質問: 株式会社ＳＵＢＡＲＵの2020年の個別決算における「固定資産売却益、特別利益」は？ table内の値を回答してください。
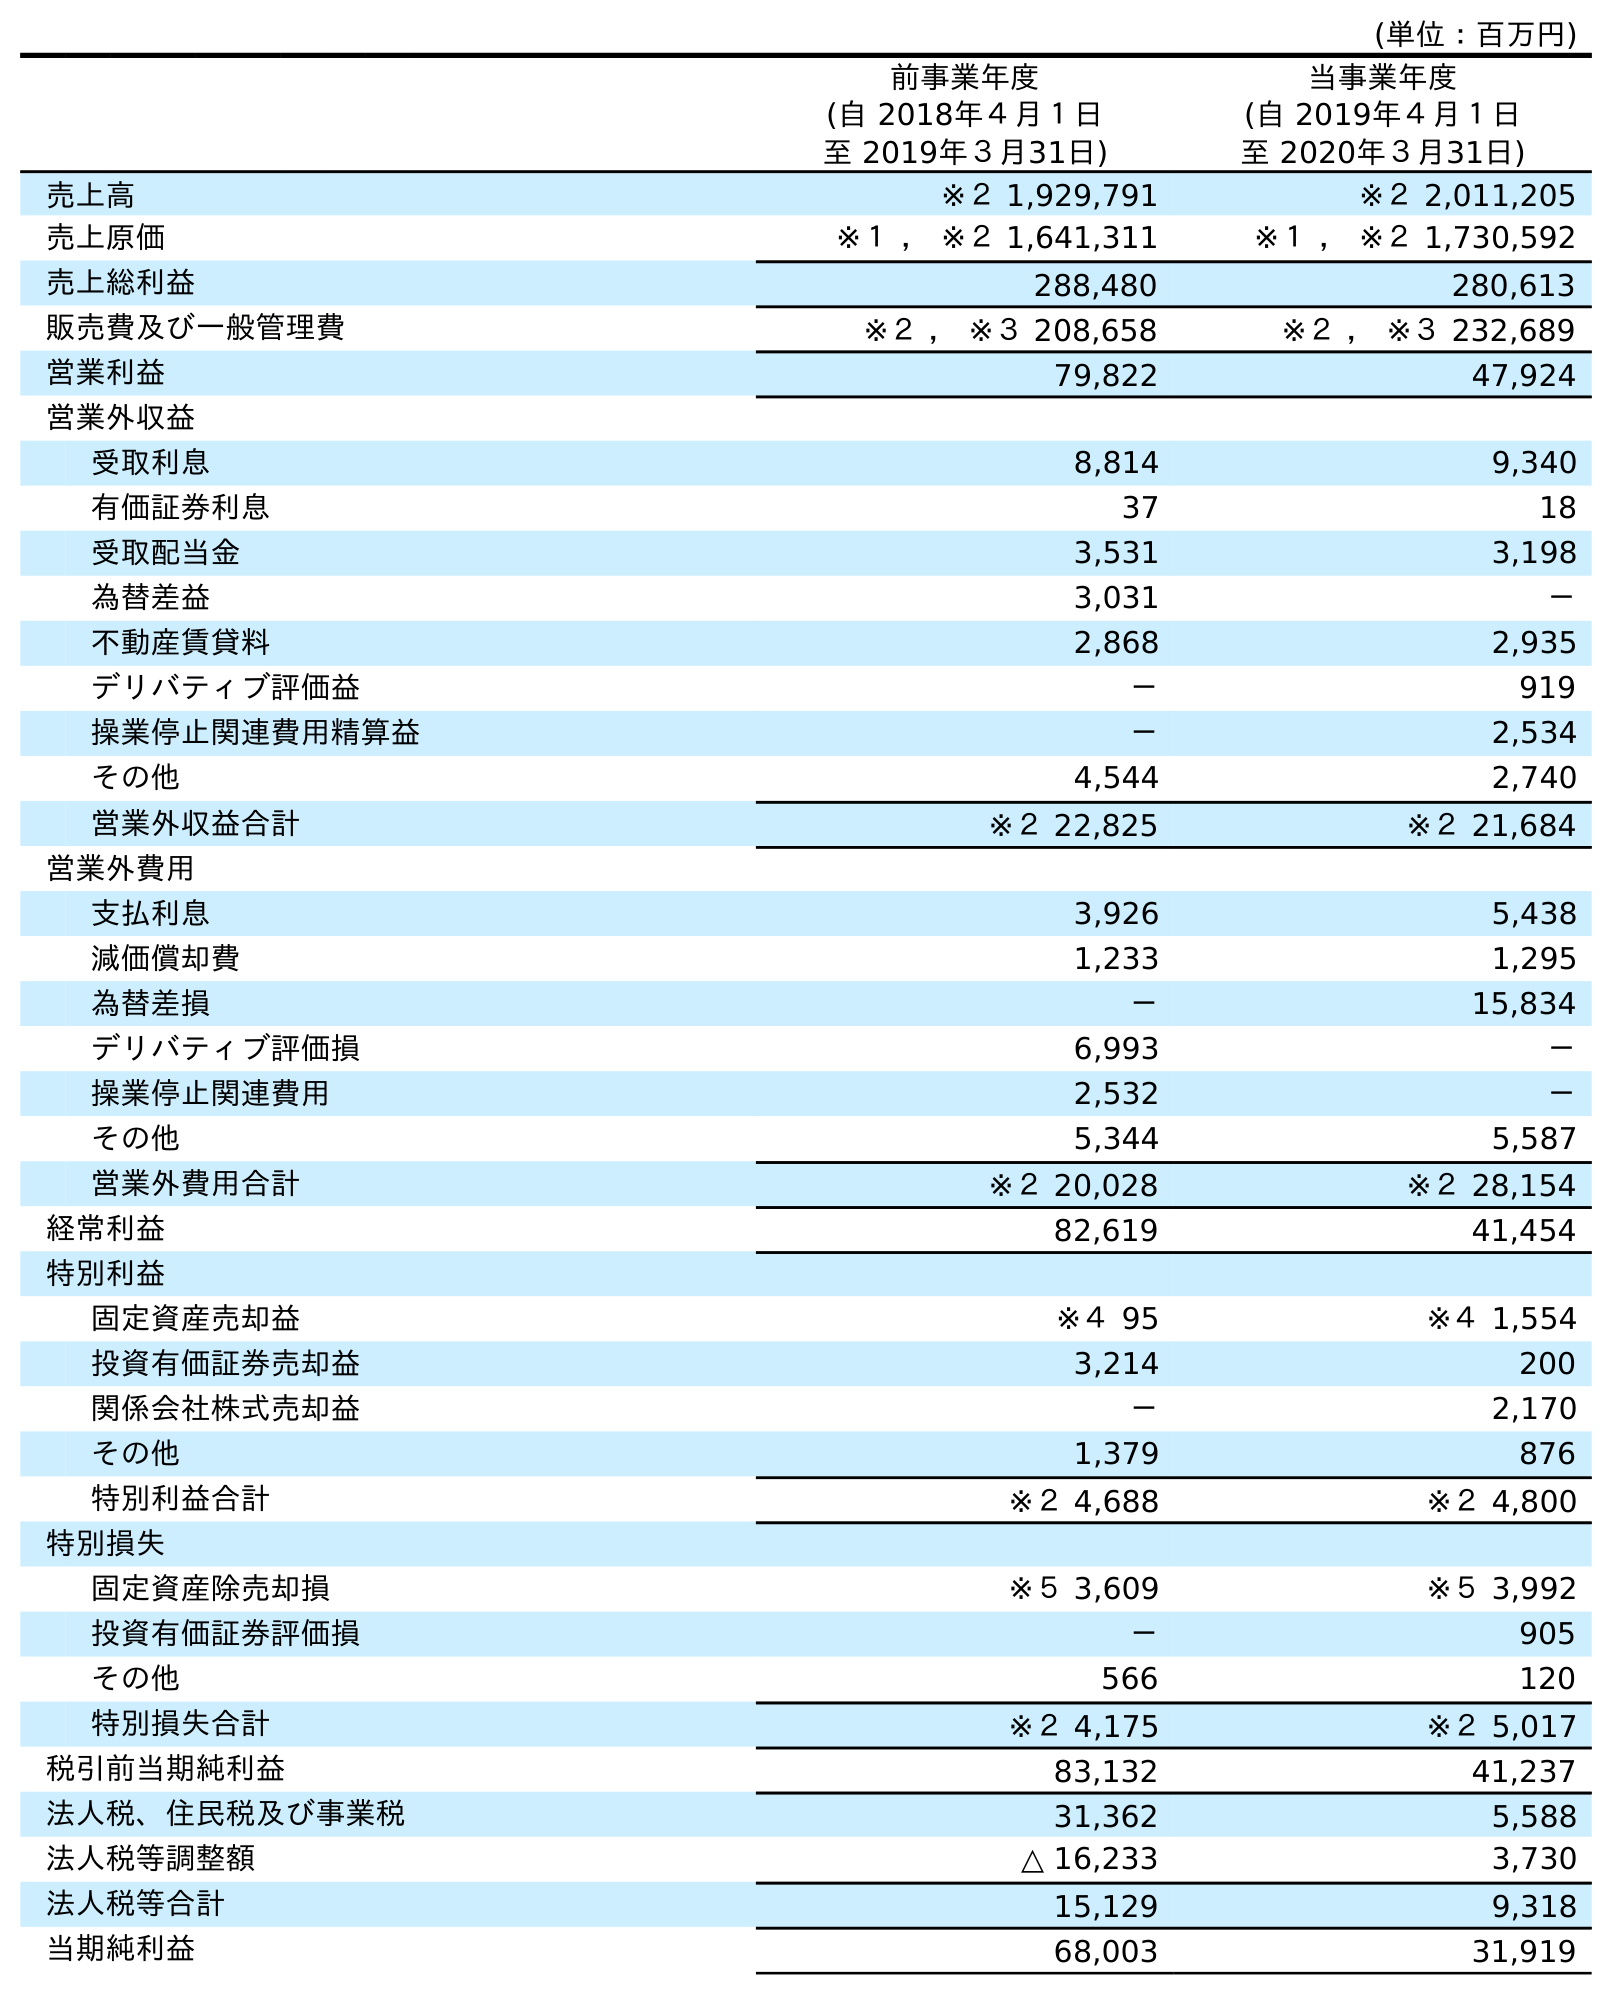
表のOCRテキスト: (単位：百万円) 前事業年度 (自 2018年４月１日 至 2019年３月31日) 当事業年度 (自 2019年４月１日 至 2020年３月31日) 売上高 ※２ 1,929,791 ※２ 2,011,205 売上原価 ※１ ， ※２ 1,641,311 ※１ ， ※２ 1,730,592 売上総利益 288,480 280,613 販売費及び一般管理費 ※２ ， ※３ 208,658 ※２ ， ※３ 232,689 営業利益 79,822 47,924 営業外収益 受取利息 8,814 9,340 有価証券利息 37 18 受取配当金 3,531 3,198 為替差益 3,031 － 不動産賃貸料 2,868 2,935 デリバティブ評価益 － 919 操業停止関連費用精算益 － 2,534 その他 4,544 2,740 営業外収益合計 ※２ 22,825 ※２ 21,684 営業外費用 支払利息 3,926 5,438 減価償却費 1,233 1,295 為替差損 － 15,834 デリバティブ評価損 6,993 － 操業停止関連費用 2,532 － その他 5,344 5,587 営業外費用合計 ※２ 20,028 ※２ 28,154 経常利益 82,619 41,454 特別利益 固定資産売却益 ※４ 95 ※４ 1,554 投資有価証券売却益 3,214 200 関係会社株式売却益 － 2,170 その他 1,379 876 特別利益合計 ※２ 4,688 ※２ 4,800 特別損失 固定資産除売却損 ※５ 3,609 ※５ 3,992 投資有価証券評価損 － 905 その他 566 120 特別損失合計 ※２ 4,175 ※２ 5,017 税引前当期純利益 83,132 41,237 法人税、住民税及び事業税 31,362 5,588 法人税等調整額 △ 16,233 3,730 法人税等合計 15,129 9,318 当期純利益 68,003 31,919
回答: ※４1,554